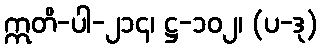
ဣတိ-ပါ-၂၁၄၊ ဋ္ဌ-၁၀၂၊ (ပ-ဒု)